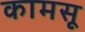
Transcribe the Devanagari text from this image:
कामसू